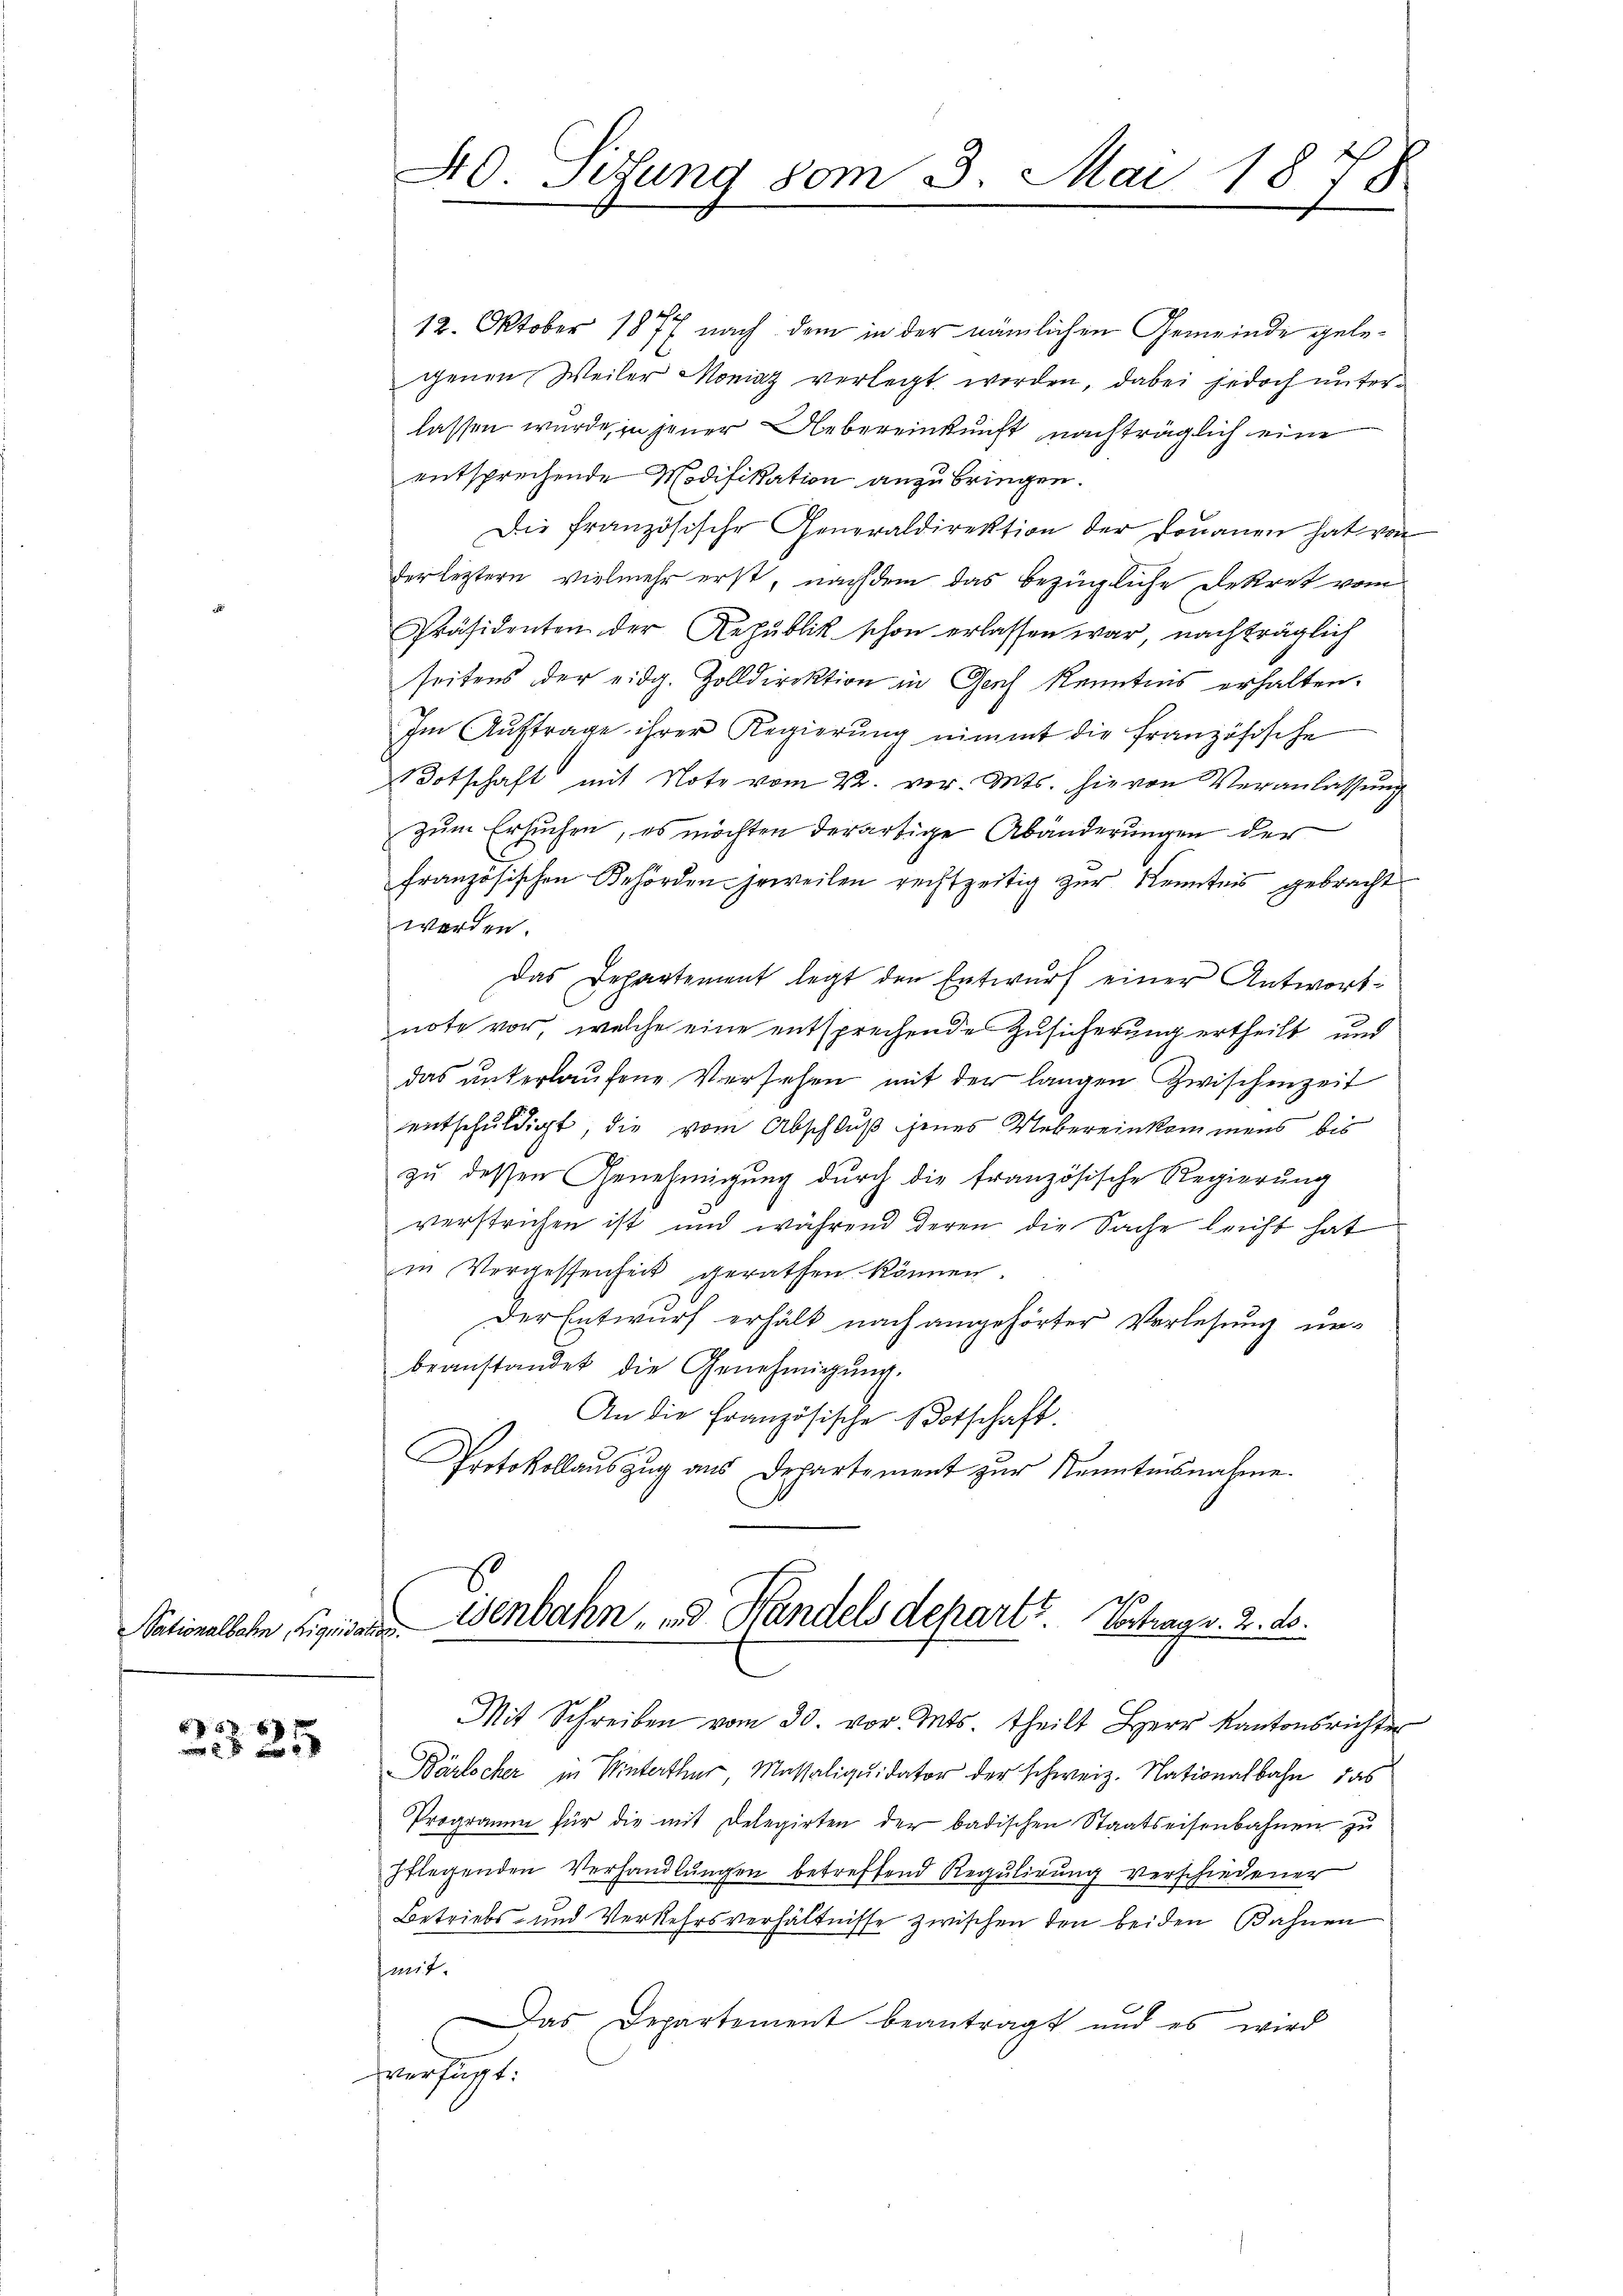
Sationalbahn, Liquidation.

5 x
 2 x 2

40. Sifung vom 3. Mai 1875

12. Oktober 1877 nach dem in der nämlichen Gemeinde gelegenen Weiler Moniaz verlegt werden, dabei jedoch unter
lassen wurde, in jener Uebereinkunft nachträglich eine
entsprechende Modifikation anzubringen.
Die französische Generaldirektion der Donanen hat von
der leztern vielmehr erst, nachdem das bezügliche Dekret vom
Präsidenten der Republik schon erlassen war, nachträglich
seitens der eidg. Zolldirektion in Genf kenntnis erhalten.
Im Auftrage ihrer Regierung nimmt die französische
otschaft mit Note vom 22. vor. Mts. hievon Veranlassung
zum Ersuchen, es möchten derartige Abänderungen der
französischen Behörden jeweilen rechtzeitig zur Kenntnis gebracht
werden.
Das Departement legt den Entwurf einer Antwortnote vor, welche eine entsprechende Zusicherung ertheilt und
das unterlaufene Versehen mit der langen Zwischenzeit
entschuldigt, die vom Abschluß jenes Uebereinkommens bis
zŭ dessen Genehmigŭng durch die französische Regierŭng
verstrichen ist und während deren die Sache leicht hat
in Vergessenheit gerathen können.
Der Entwurf erhält nach angehörter Verlesung un-
beanstandet die Genehmigŭng.
An die Französische Botschaft.
Protokollauszug aus Departement zur Kenntnisnahme.

Mit Schreiben vom 30. vor. Mts. theilt Herr Kantonsrichter
Bärlicher in Winterthur Massaliquidator der schweiz. Nationalbahn das
Programm für die mit Delegirten der badischen Staatseisenbahnen zu
pflegenden Verhandlungen betreffend Regulirung verschiedener
Betriebs- und Verkehrsverhältnisse zwischen den beiden Bahnen
mit.
Das Departement beantragt und es wird
sverfügt.

isenbahn, und Handels departe. Vortrag v. 2. ds.